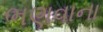
ભણવાના